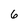
Character: 6